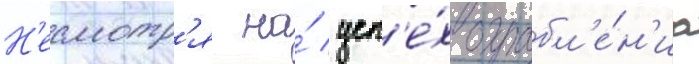
Н'есмотр'я на́ усп'е́х ограбл'е́н'иа